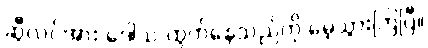
ဆွီလင်အား ဒေါသ ထွက်နေသည်ကို မေ့သွားကြပြီ။